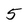
Character: 5